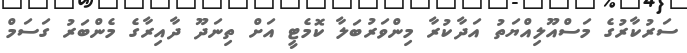
ސަރުކާރުގެ މަސްއޫލިއްޔަތު އަދާކުރާ މިންވަރުބަލާ ކޮމެޓީ އަށް ތިނަދޫ ދާއިރާގެ މެންބަރު ގަސަމް